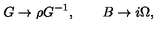
G \rightarrow \rho G ^ { - 1 } , \qquad B \rightarrow i \Omega ,